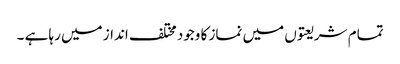
تمام شریعتوں میں نماز کا وجود مختلف انداز میں رہا ہے ۔